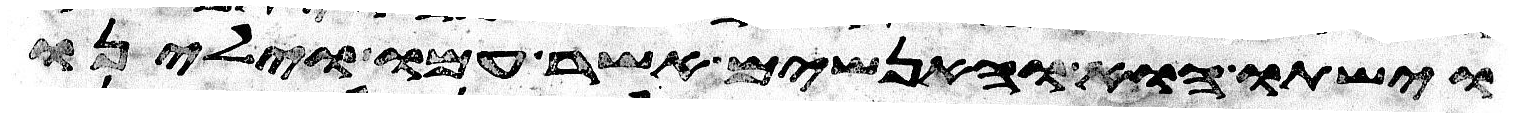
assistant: וישתו הוא והאנשים אשר עמו וילינו